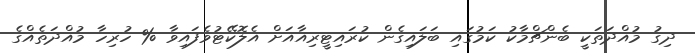
ދިގު މުއްދަތަކީ ބެންޗްމާކު ކަމުގައި ބަލައިގެން ކުރައިޓީރިއާއަށް އެލޮކޭޓުވެފައިވާ % ހުރިހާ މުއްދަތެއްގެ